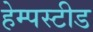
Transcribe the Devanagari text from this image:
हेम्पस्टीड